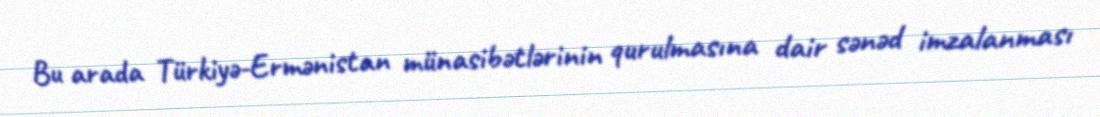
Bu arada Türkiyə-Ermənistan münasibətlərinin qurulmasına dair sənəd imzalanması